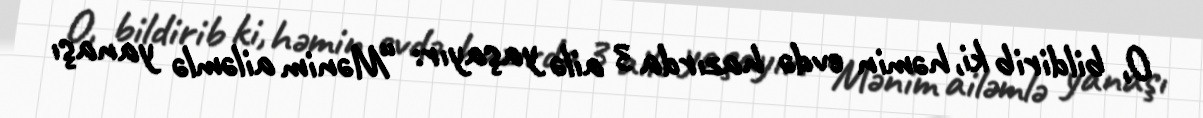
O, bildirib ki, həmin evdə hazırda 3 ailə yaşayır: “Mənim ailəmlə yanaşı